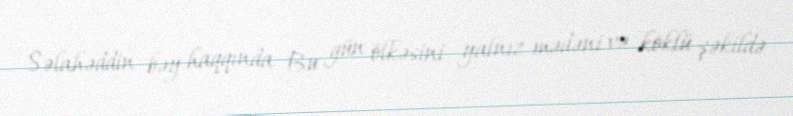
Səlahəddin bəy haqqında Bu gün ölkəsini yalnız mədəni və köklü şəkildə